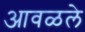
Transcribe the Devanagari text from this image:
आवळले